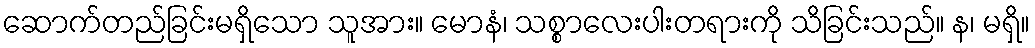
ဆောက်တည်ခြင်းမရှိသော သူအား။ မောနံ၊ သစ္စာလေးပါးတရားကို သိခြင်းသည်။ န၊ မရှိ။